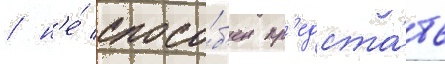
/ н'е́ спосо́б'ен пр'едста́ть